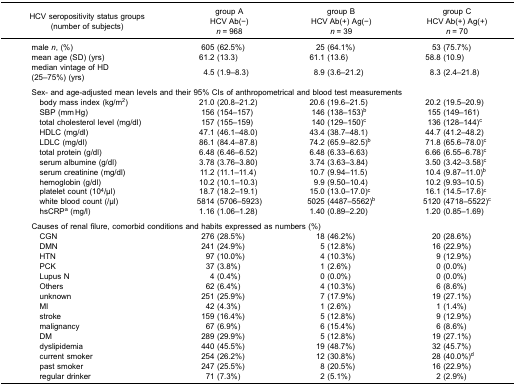
<table><thead><tr><td><b>HCV seropositivity status groups(number of subjects)</b></td><td><b>group AHCV Ab(−)<i>n</i> = 968</b></td><td><b>group BHCV Ab(+) Ag(−)<i>n</i> = 39</b></td><td><b>group CHCV Ab(+) Ag(+)<i>n</i> = 70</b></td></tr></thead><tbody><tr><td>male <i>n</i>, (%)</td><td>605 (62.5%)</td><td>25 (64.1%)</td><td>53 (75.7%)</td></tr><tr><td>mean age (SD) (yrs)</td><td>61.2 (13.3)</td><td>61.1 (13.6)</td><td>58.8 (10.9)</td></tr><tr><td>median vintage of HD(25–75%) (yrs)</td><td>4.5 (1.9–8.3)</td><td>8.9 (3.6–21.2)</td><td>8.3 (2.4–21.8)</td></tr><tr><td colspan="4"> </td></tr><tr><td colspan="4">Sex- and age-adjusted mean levels and their 95% CIs of anthropometrical and blood test measurements</td></tr><tr><td> body mass index (kg/m<sup>2</sup>)</td><td>21.0 (20.8–21.2)</td><td>20.6 (19.6–21.5)</td><td>20.2 (19.5–20.9)</td></tr><tr><td> SBP (mm Hg)</td><td>156 (154–157)</td><td>146 (138–153)<sup>b</sup></td><td>155 (149–161)</td></tr><tr><td> total cholesterol level (mg/dl)</td><td>157 (155–159)</td><td>140 (129–150)<sup>c</sup></td><td>136 (128–144)<sup>c</sup></td></tr><tr><td> HDLC (mg/dl)</td><td>47.1 (46.1–48.0)</td><td>43.4 (38.7–48.1)</td><td>44.7 (41.2–48.2)</td></tr><tr><td> LDLC (mg/dl)</td><td>86.1 (84.4–87.8)</td><td>74.2 (65.9–82.5)<sup>b</sup></td><td>71.8 (65.6–78.0)<sup>c</sup></td></tr><tr><td> total protein (g/dl)</td><td>6.48 (6.46–6.52)</td><td>6.48 (6.33–6.63)</td><td>6.66 (6.55–6.78)<sup>c</sup></td></tr><tr><td> serum albumine (g/dl)</td><td>3.78 (3.76–3.80)</td><td>3.74 (3.63–3.84)</td><td>3.50 (3.42–3.58)<sup>c</sup></td></tr><tr><td> serum creatinine (mg/dl)</td><td>11.2 (11.1–11.4)</td><td>10.7 (9.94–11.5)</td><td>10.4 (9.87–11.0)<sup>b</sup></td></tr><tr><td> hemoglobin (g/dl)</td><td>10.2 (10.1–10.3)</td><td>9.9 (9.50–10.4)</td><td>10.2 (9.93–10.5)</td></tr><tr><td> platelet count (10<sup>4</sup>/μl)</td><td>18.7 (18.2–19.1)</td><td>15.0 (13.0–17.0)<sup>c</sup></td><td>16.1 (14.5–17.6)<sup>c</sup></td></tr><tr><td> white blood count (/μl)</td><td>5814 (5706–5923)</td><td>5025 (4487–5562)<sup>b</sup></td><td>5120 (4718–5522)<sup>c</sup></td></tr><tr><td> hsCRP<sup>a</sup> (mg/l)</td><td>1.16 (1.06–1.28)</td><td>1.40 (0.89–2.20)</td><td>1.20 (0.85–1.69)</td></tr><tr><td colspan="4"> </td></tr><tr><td colspan="4">Causes of renal filure, comorbid conditions and habits expressed as numbers (%)</td></tr><tr><td> CGN</td><td>276 (28.5%)</td><td>18 (46.2%)</td><td>20 (28.6%)</td></tr><tr><td> DMN</td><td>241 (24.9%)</td><td>5 (12.8%)</td><td>16 (22.9%)</td></tr><tr><td> HTN</td><td>97 (10.0%)</td><td>4 (10.3%)</td><td>9 (12.9%)</td></tr><tr><td> PCK</td><td>37 (3.8%)</td><td>1 (2.6%)</td><td>0 (0.0%)</td></tr><tr><td> Lupus N</td><td>4 (0.4%)</td><td>0 (0.0%)</td><td>0 (0.0%)</td></tr><tr><td> Others</td><td>62 (6.4%)</td><td>4 (10.3%)</td><td>6 (8.6%)</td></tr><tr><td> unknown</td><td>251 (25.9%)</td><td>7 (17.9%)</td><td>19 (27.1%)</td></tr><tr><td> MI</td><td>42 (4.3%)</td><td>1 (2.6%)</td><td>1 (1.4%)</td></tr><tr><td> stroke</td><td>159 (16.4%)</td><td>5 (12.8%)</td><td>9 (12.9%)</td></tr><tr><td> malignancy</td><td>67 (6.9%)</td><td>6 (15.4%)</td><td>6 (8.6%)</td></tr><tr><td> DM</td><td>289 (29.9%)</td><td>5 (12.8%)</td><td>19 (27.1%)</td></tr><tr><td> dyslipidemia</td><td>440 (45.5%)</td><td>19 (48.7%)</td><td>32 (45.7%)</td></tr><tr><td> current smoker</td><td>254 (26.2%)</td><td>12 (30.8%)</td><td>28 (40.0%)<sup>d</sup></td></tr><tr><td> past smoker</td><td>247 (25.5%)</td><td>8 (20.5%)</td><td>16 (22.9%)</td></tr><tr><td> regular drinker</td><td>71 (7.3%)</td><td>2 (5.1%)</td><td>2 (2.9%)</td></tr></tbody></table>